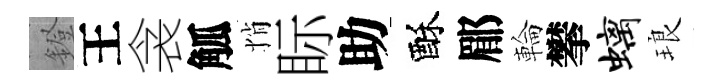
鐙王衾觚悄眎助酥郿輪攀螭琅